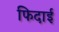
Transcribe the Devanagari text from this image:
फिदाई